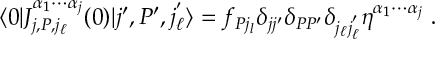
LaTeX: \langle 0 | J _ { j , P , j _ { \ell } } ^ { \alpha _ { 1 } \cdots \alpha _ { j } } ( 0 ) | j ^ { \prime } , P ^ { \prime } , j _ { \ell } ^ { ' } \rangle = f _ { P j _ { l } } \delta _ { j j ^ { \prime } } \delta _ { P P ^ { \prime } } \delta _ { j _ { \ell } j _ { \ell } ^ { ' } } \eta ^ { \alpha _ { 1 } \cdots \alpha _ { j } } \; .